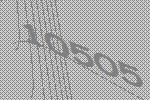
10505